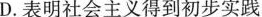
D.表明社会主义得到初步实践